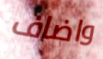
واضاف